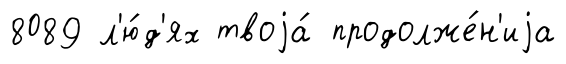
8089 л'ю́д'ях твоjа́ продолже́н'иjа